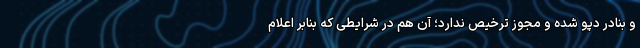
و بنادر دپو شده و مجوز ترخیص ندارد؛ آن هم در شرایطی که بنابر اعلام